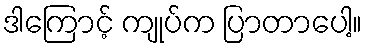
ဒါကြောင့် ကျုပ်က ပြာတာပေါ့။